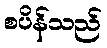
စပိန်သည်